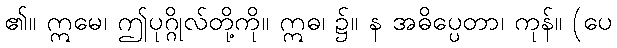
၏။ ဣမေ၊ ဤပုဂ္ဂိုလ်တို့ကို။ ဣဓ၊ ၌။ န အဓိပ္ပေတာ၊ ကုန်။ (ပေ